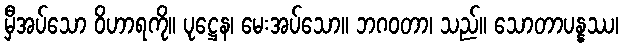
မှီအပ်သော ဝိဟာရကို။ ပုဋ္ဌေန၊ မေးအပ်သော။ ဘဂဝတာ၊ သည်။ သောတာပန္နဿ၊